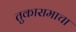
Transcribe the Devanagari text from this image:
तुकारामाचा